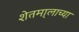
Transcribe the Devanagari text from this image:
शेतमा्लाच्या